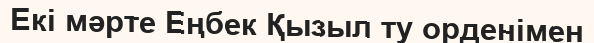
Екі мәрте Еңбек Қызыл ту орденімен